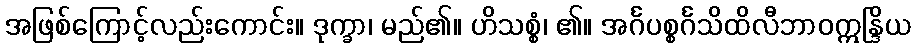
အဖြစ်ကြောင့်လည်းကောင်း။ ဒုက္ခာ၊ မည်၏။ ဟိသစ္စံ၊ ၏။ အင်္ဂပစ္စင်္ဂသိထိလီဘာဝဣန္ဒြိယ